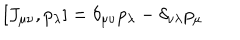
LaTeX: [ J _ { \mu \nu } , p _ { \lambda } ] = \delta _ { \mu \nu } p _ { \lambda } - \delta _ { \nu \lambda } p _ { \mu }